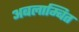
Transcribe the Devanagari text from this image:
अबलाम्बित